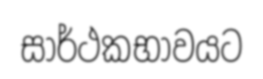
සාර්ථකභාවයට